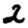
Digit: 2